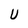
Character: U